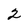
Character: 2